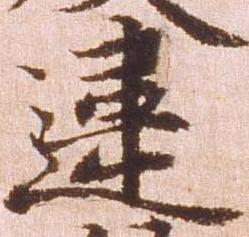
違